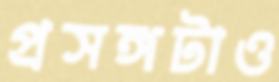
প্রসঙ্গটাও